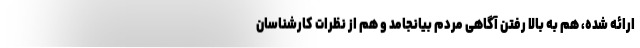
ارائه شده، هم به بالا رفتن آگاهی مردم بیانجامد و هم از نظرات کارشناسان